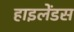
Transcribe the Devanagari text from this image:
हाइलेंडस